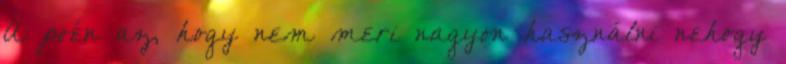
A poén az, hogy nem meri nagyon használni nehogy